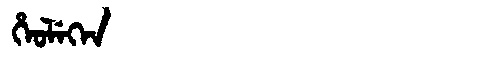
Manchu: ᡥᡝᠣᠯᡝᡴᡝᠨ
Romanization: HEOLEKEN